Civil Veterinary Department. Madras. Admin. report 1926-33 - 1926-1933
Year: 1926
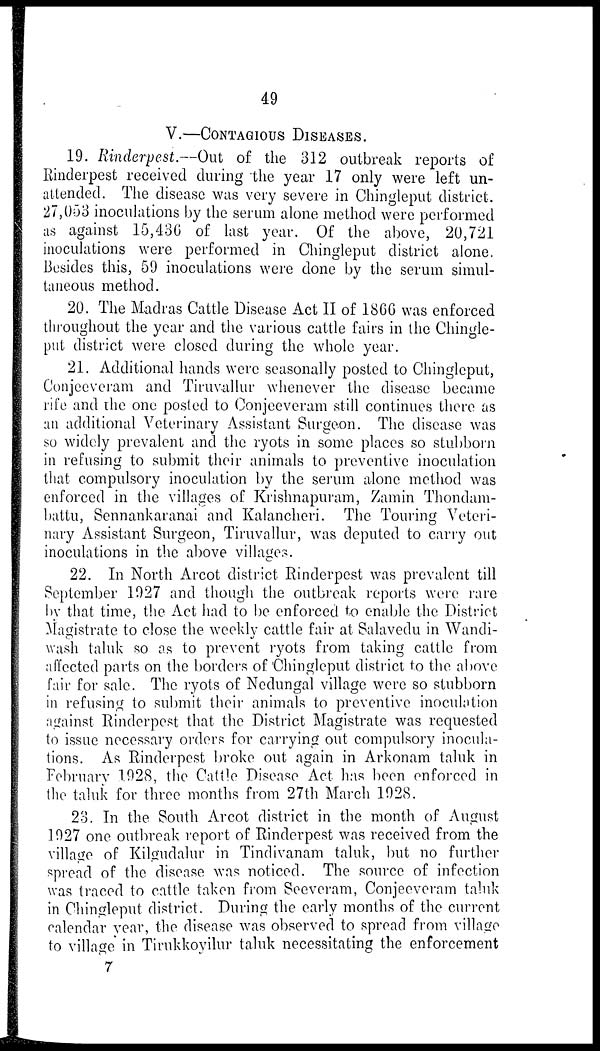
49
V.—CONTAGIOUS DISEASES.
19. Rinderpest.—Out of the 312 outbreak reports of
Rinderpest received during the year 17 only were left un-
attended. The disease was very severe in Chingleput district.
27,053 inoculations by the serum alone method were performed
as against 15,436 of last year. Of the above, 20,721
inoculations were performed in Chingleput district alone.
Besides this, 59 inoculations were done by the serum simul-
taneous method.
20. The Madras Cattle Disease Act II of 1866 was enforced
throughout the year and the various cattle fairs in the Chingle-
put district were closed during the whole year.
21. Additional hands were seasonally posted to Chingleput,
Conjceveram and Tiruvallur whenever the disease became
rife and the one posted to Conjeeveram still continues there as
an additional Veterinary Assistant Surgeon. The disease was
so widely prevalent and the ryots in some places so stubborn
in refusing to submit their animals to preventive inoculation
that compulsory inoculation by the serum alone method was
enforced in the villages of Krishnapuram, Zamin Thondam-
battu, Sennankaranai and Kalancheri. The Touring Veteri-
nary Assistant Surgeon, Tiruvallur, was deputed to carry out
inoculations in the above villages.
22. In North Arcot district Rinderpest was prevalent till
September 1927 and though the outbreak reports were rare
by that time, the Act had to be enforced to enable the District
Magistrate to close the weekly cattle fair at Salavedu in Wandi-
wash taluk so as to prevent ryots from taking cattle from
affected parts on the borders of Chingleput district to the above
fair for sale. The ryots of Nedungal village were so stubborn
in refusing to submit their animals to preventive inoculation
against Rinderpest that the District Magistrate was requested
to issue necessary orders for carrying out compulsory inocula-
tions. As Rinderpest broke out again in Arkonam taluk in
February 1928, the Cattle Disease Act has been enforced in
the taluk for three months from 27th March 1928.
23. In the South Arcot district in the month of August
1927 one outbreak report of Rinderpest was received from the
village of Kilgudalur in Tindivanam taluk, but no further
spread of the disease was noticed. The source of infection
was traced to cattle taken from Seeveram, Conjeeveram taluk
in Chingleput district. During the early months of the current
calendar year, the disease was observed to spread from village
to village in Tirukkoyilur taluk necessitating the enforcement